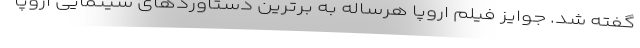
گفته شد. جوایز فیلم اروپا هرساله به برترین دستاوردهای سینمایی اروپا